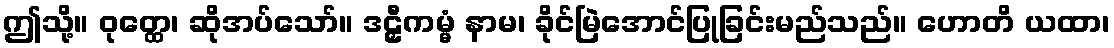
ဤသို့။ ဝုတ္ထေ၊ ဆိုအပ်သော်။ ဒဠှီကမ္မံ နာမ၊ ခိုင်မြဲအောင်ပြုခြင်းမည်သည်။ ဟောတိ ယထာ၊